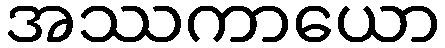
အဿကာယော